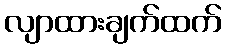
လျာထားချက်ထက်